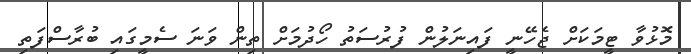
މޮޅުވާ ޓީމަކަށް ޖެހޭނީ ފައިނަލުން ފުރުސަތު ހޯދުމަށް ތިން ވަނަ ސެމީގައި ބުރާސްފަތި